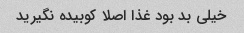
خیلی بد بود غذا اصلا کوبیده نگیرید